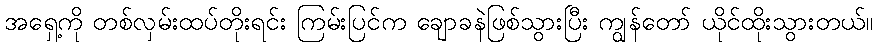
အရှေ့ကို တစ်လှမ်းထပ်တိုးရင်း ကြမ်းပြင်က ချောခနဲဖြစ်သွားပြီး ကျွန်တော် ယိုင်ထိုးသွားတယ်။